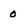
Character: 0